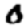
Digit: 0